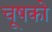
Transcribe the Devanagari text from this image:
चूषको